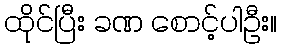
ထိုင်ပြီး ခဏ စောင့်ပါဦး။